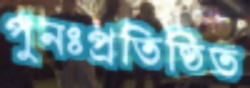
পুনঃপ্রতিষ্ঠিত